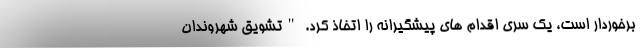
برخوردار است، یک سری اقدام های پیشگیرانه را اتخاذ کرد. "تشویق شهروندان